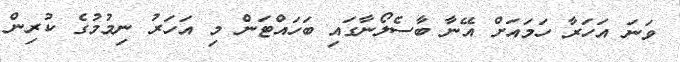
ވަނަ އަހަރާ ހަމައަށް އޭނާ ބާސެލޯނާގައި ބަހައްޓަން މި އަހަރު ނިމުމުގެ ކުރިން